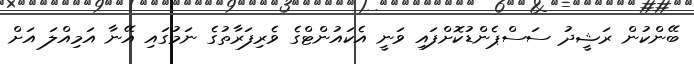
ބޭންކުން ރަޝީދު ސަސްޕެންޑުކޮށްފައި ވަނީ އެކައުންޓްގެ ވެރިފަރާތުގެ ނަމުގައި އޭނާ އަމިއްލަ އަށް